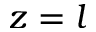
z = l